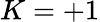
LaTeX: K=+1